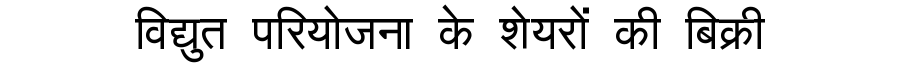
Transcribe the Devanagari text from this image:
विद्युत परियोजना के शेयरों की बिक्री